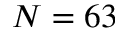
N = 6 3